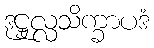
ဒုဋ္ဌုလ္လသိက္ခာပဒံ